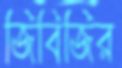
জিবিজির